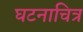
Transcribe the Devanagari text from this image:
घटनाचित्र